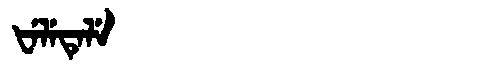
Manchu: ᡶᡝᠯᡝᡨᡝᠯᡝ
Romanization: FELETELE